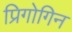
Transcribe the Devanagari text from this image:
प्रिगोगिन